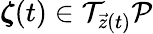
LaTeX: \boldsymbol{\zeta}(t)\in\mathcal{T}_{\vec{z}(t)}\mathcal{P}